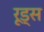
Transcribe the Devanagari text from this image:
रूड्स